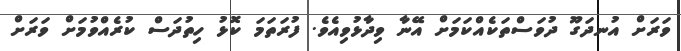
ވަރަށް އުނދަގޫ ދުވަސްތަކެއްކަމަށް އޭނާ ވިދާޅުވިއެވެ. ފުރަތަމަ ކޮޅު ހިތުދަސް ކުރެއްވުމަށް ވަރަށް